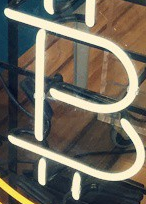
B